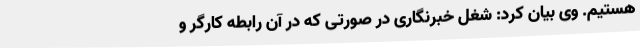
هستیم. وی بیان کرد: شغل خبرنگاری در صورتی که در آن رابطه کارگر و